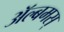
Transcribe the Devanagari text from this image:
अॅल्बमस्